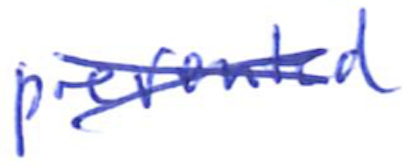
Text: prevented
Cross-out: cross
Writing tool: ballpoint